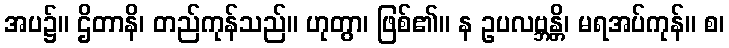
အပ၌။ ဌိတာနိ၊ တည်ကုန်သည်။ ဟုတွာ၊ ဖြစ်၏။ န ဥပလဗ္ဘန္တိ၊ မရအပ်ကုန်။ စ၊